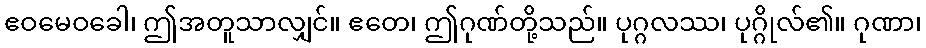
ဧဝမေဝခေါ၊ ဤအတူသာလျှင်။ ဧတေ၊ ဤဂုဏ်တို့သည်။ ပုဂ္ဂလဿ၊ ပုဂ္ဂိုလ်၏။ ဂုဏာ၊